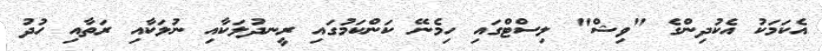
އެކަމަކު އެކުދިންގެ "ވިޝް" ލިސްޓްގައި ހިމެނޭ ކަންކަމުގައި ރީނދުލަކާއި ނުލަކާއި ރަތާއި ހުދު